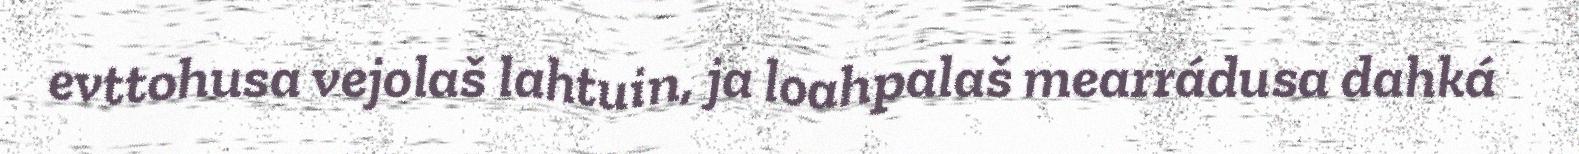
evttohusa vejolaš lahtuin, ja loahpalaš mearrádusa dahká